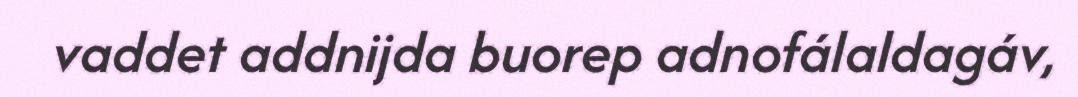
vaddet addnijda buorep adnofálaldagáv,